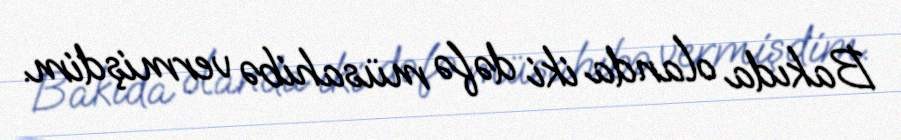
Bakıda olanda iki dəfə müsahibə vermişdim.